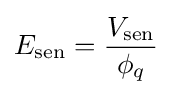
E_{\text{sen}}={\frac {V_{\text{sen}}}{\phi _{q}}}